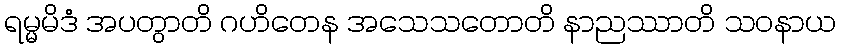
ရမ္မမိဒံ အပတွာတိ ဂဟိတေန အသေသတောတိ နာညဿာတိ သဝနာယ